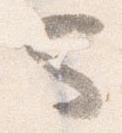
也